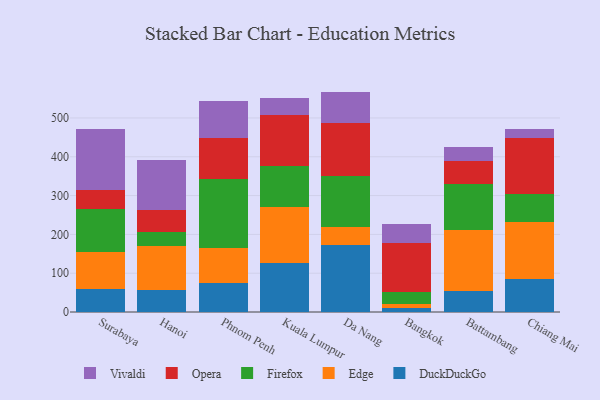
{"axis": {"x": "City", "y": "Churn Rate (%)"}, "legend": ["DuckDuckGo", "Edge", "Firefox", "Opera", "Vivaldi"], "data": [{"x": "Surabaya", "y": 59.1, "type": "DuckDuckGo"}, {"x": "Surabaya", "y": 96.1, "type": "Edge"}, {"x": "Surabaya", "y": 111.4, "type": "Firefox"}, {"x": "Surabaya", "y": 47.0, "type": "Opera"}, {"x": "Surabaya", "y": 159.1, "type": "Vivaldi"}, {"x": "Hanoi", "y": 56.4, "type": "DuckDuckGo"}, {"x": "Hanoi", "y": 112.8, "type": "Edge"}, {"x": "Hanoi", "y": 36.9, "type": "Firefox"}, {"x": "Hanoi", "y": 56.0, "type": "Opera"}, {"x": "Hanoi", "y": 128.5, "type": "Vivaldi"}, {"x": "Phnom Penh", "y": 74.8, "type": "DuckDuckGo"}, {"x": "Phnom Penh", "y": 89.7, "type": "Edge"}, {"x": "Phnom Penh", "y": 178.2, "type": "Firefox"}, {"x": "Phnom Penh", "y": 106.9, "type": "Opera"}, {"x": "Phnom Penh", "y": 93.0, "type": "Vivaldi"}, {"x": "Kuala Lumpur", "y": 125.9, "type": "DuckDuckGo"}, {"x": "Kuala Lumpur", "y": 145.6, "type": "Edge"}, {"x": "Kuala Lumpur", "y": 104.3, "type": "Firefox"}, {"x": "Kuala Lumpur", "y": 131.0, "type": "Opera"}, {"x": "Kuala Lumpur", "y": 44.0, "type": "Vivaldi"}, {"x": "Da Nang", "y": 173.7, "type": "DuckDuckGo"}, {"x": "Da Nang", "y": 44.3, "type": "Edge"}, {"x": "Da Nang", "y": 133.0, "type": "Firefox"}, {"x": "Da Nang", "y": 136.8, "type": "Opera"}, {"x": "Da Nang", "y": 80.1, "type": "Vivaldi"}, {"x": "Bangkok", "y": 9.2, "type": "DuckDuckGo"}, {"x": "Bangkok", "y": 12.5, "type": "Edge"}, {"x": "Bangkok", "y": 30.1, "type": "Firefox"}, {"x": "Bangkok", "y": 126.9, "type": "Opera"}, {"x": "Bangkok", "y": 48.9, "type": "Vivaldi"}, {"x": "Battambang", "y": 55.2, "type": "DuckDuckGo"}, {"x": "Battambang", "y": 155.1, "type": "Edge"}, {"x": "Battambang", "y": 119.2, "type": "Firefox"}, {"x": "Battambang", "y": 60.1, "type": "Opera"}, {"x": "Battambang", "y": 36.7, "type": "Vivaldi"}, {"x": "Chiang Mai", "y": 83.9, "type": "DuckDuckGo"}, {"x": "Chiang Mai", "y": 149.3, "type": "Edge"}, {"x": "Chiang Mai", "y": 69.8, "type": "Firefox"}, {"x": "Chiang Mai", "y": 144.7, "type": "Opera"}, {"x": "Chiang Mai", "y": 22.6, "type": "Vivaldi"}]}